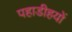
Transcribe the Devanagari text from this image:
पहाडीहयों